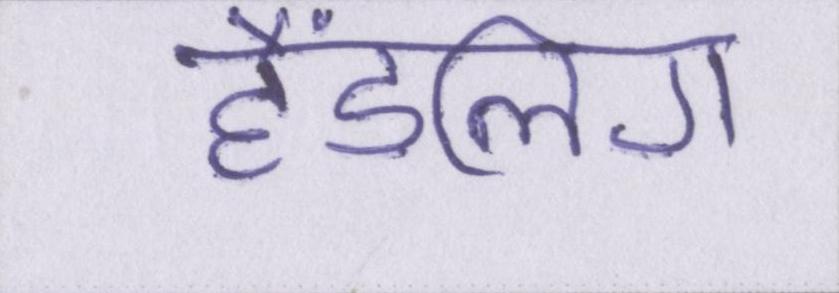
हैंडलिंग